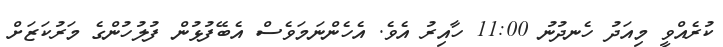
ކުރެއްވީ މިއަދު ހެނދުނު 11:00 ހާއިރު އެވެ. އެހެންނަމަވެސް އެބޭފުޅުން ފުލުހުންގެ މަރުކަޒަށް